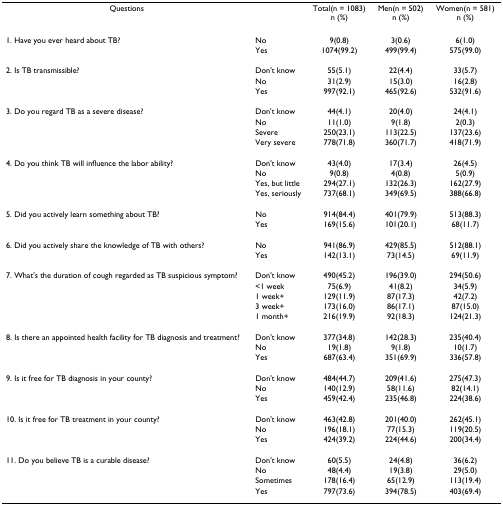
<table><thead><tr><td><b>Questions</b></td><td></td><td><b>Total(n = 1083) n (%)</b></td><td><b>Men(n = 502) n (%)</b></td><td><b>Women(n = 581) n (%)</b></td></tr></thead><tbody><tr><td>1. Have you ever heard about TB?</td><td>No</td><td>9(0.8)</td><td>3(0.6)</td><td>6(1.0)</td></tr><tr><td></td><td>Yes</td><td>1074(99.2)</td><td>499(99.4)</td><td>575(99.0)</td></tr><tr><td>2. Is TB transmissible?</td><td>Don&#x27;t know</td><td>55(5.1)</td><td>22(4.4)</td><td>33(5.7)</td></tr><tr><td></td><td>No</td><td>31(2.9)</td><td>15(3.0)</td><td>16(2.8)</td></tr><tr><td></td><td>Yes</td><td>997(92.1)</td><td>465(92.6)</td><td>532(91.6)</td></tr><tr><td>3. Do you regard TB as a severe disease?</td><td>Don&#x27;t know</td><td>44(4.1)</td><td>20(4.0)</td><td>24(4.1)</td></tr><tr><td></td><td>No</td><td>11(1.0)</td><td>9(1.8)</td><td>2(0.3)</td></tr><tr><td></td><td>Severe</td><td>250(23.1)</td><td>113(22.5)</td><td>137(23.6)</td></tr><tr><td></td><td>Very severe</td><td>778(71.8)</td><td>360(71.7)</td><td>418(71.9)</td></tr><tr><td>4. Do you think TB will influence the labor ability?</td><td>Don&#x27;t know</td><td>43(4.0)</td><td>17(3.4)</td><td>26(4.5)</td></tr><tr><td></td><td>No</td><td>9(0.8)</td><td>4(0.8)</td><td>5(0.9)</td></tr><tr><td></td><td>Yes, but little</td><td>294(27.1)</td><td>132(26.3)</td><td>162(27.9)</td></tr><tr><td></td><td>Yes, seriously</td><td>737(68.1)</td><td>349(69.5)</td><td>388(66.8)</td></tr><tr><td>5. Did you actively learn something about TB?</td><td>No</td><td>914(84.4)</td><td>401(79.9)</td><td>513(88.3)</td></tr><tr><td></td><td>Yes</td><td>169(15.6)</td><td>101(20.1)</td><td>68(11.7)</td></tr><tr><td>6. Did you actively share the knowledge of TB with others?</td><td>No</td><td>941(86.9)</td><td>429(85.5)</td><td>512(88.1)</td></tr><tr><td></td><td>Yes</td><td>142(13.1)</td><td>73(14.5)</td><td>69(11.9)</td></tr><tr><td>7. What&#x27;s the duration of cough regarded as TB suspicious symptom?</td><td>Don&#x27;t know</td><td>490(45.2)</td><td>196(39.0)</td><td>294(50.6)</td></tr><tr><td></td><td>&lt;1 week</td><td>75(6.9)</td><td>41(8.2)</td><td>34(5.9)</td></tr><tr><td></td><td>1 week+</td><td>129(11.9)</td><td>87(17.3)</td><td>42(7.2)</td></tr><tr><td></td><td>3 week+</td><td>173(16.0)</td><td>86(17.1)</td><td>87(15.0)</td></tr><tr><td></td><td>1 month+</td><td>216(19.9)</td><td>92(18.3)</td><td>124(21.3)</td></tr><tr><td>8. Is there an appointed health facility for TB diagnosis and treatment?</td><td>Don&#x27;t know</td><td>377(34.8)</td><td>142(28.3)</td><td>235(40.4)</td></tr><tr><td></td><td>No</td><td>19(1.8)</td><td>9(1.8)</td><td>10(1.7)</td></tr><tr><td></td><td>Yes</td><td>687(63.4)</td><td>351(69.9)</td><td>336(57.8)</td></tr><tr><td>9. Is it free for TB diagnosis in your county?</td><td>Don&#x27;t know</td><td>484(44.7)</td><td>209(41.6)</td><td>275(47.3)</td></tr><tr><td></td><td>No</td><td>140(12.9)</td><td>58(11.6)</td><td>82(14.1)</td></tr><tr><td></td><td>Yes</td><td>459(42.4)</td><td>235(46.8)</td><td>224(38.6)</td></tr><tr><td>10. Is it free for TB treatment in your county?</td><td>Don&#x27;t know</td><td>463(42.8)</td><td>201(40.0)</td><td>262(45.1)</td></tr><tr><td></td><td>No</td><td>196(18.1)</td><td>77(15.3)</td><td>119(20.5)</td></tr><tr><td></td><td>Yes</td><td>424(39.2)</td><td>224(44.6)</td><td>200(34.4)</td></tr><tr><td>11. Do you believe TB is a curable disease?</td><td>Don&#x27;t know</td><td>60(5.5)</td><td>24(4.8)</td><td>36(6.2)</td></tr><tr><td></td><td>No</td><td>48(4.4)</td><td>19(3.8)</td><td>29(5.0)</td></tr><tr><td></td><td>Sometimes</td><td>178(16.4)</td><td>65(12.9)</td><td>113(19.4)</td></tr><tr><td></td><td>Yes</td><td>797(73.6)</td><td>394(78.5)</td><td>403(69.4)</td></tr></tbody></table>